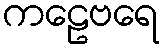
ကဠေဗရေ